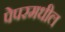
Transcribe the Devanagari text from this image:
पेपरमधील